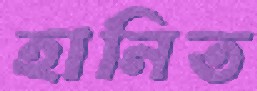
হানিত